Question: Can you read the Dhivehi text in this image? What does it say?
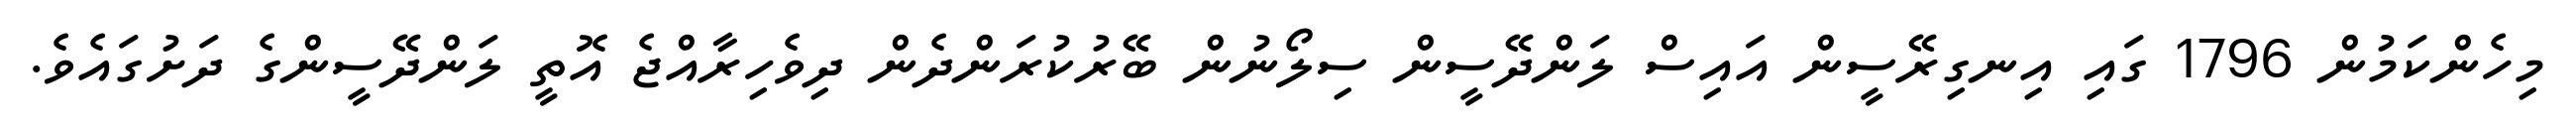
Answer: މިހެންކަމުން 1796 ގައި އިނގިރޭސީން އައިސް ލަންދޭސީން ސިލޯނުން ބޭރުކުރަންދެން ދިވެހިރާއްޖެ އޮތީ ލަންދޭސީންގެ ދަށުގައެވެ.